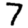
Digit: 7